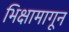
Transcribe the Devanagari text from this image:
भिक्षामागून